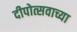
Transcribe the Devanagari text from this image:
दीपोत्सवाच्या